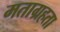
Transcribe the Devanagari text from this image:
मताग्रहता